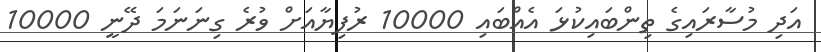
އަދި މުސާރައިގެ ތިންބައިކުޅަ އެއްބައި 10000 ރުފިޔާއަށް ވުރެ ގިނަނަމަ ދޭނީ 10000